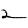
Digit: 2